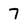
Character: 7